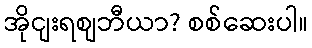
အိုငျးရစျဘီယာ? စစ်ဆေးပါ။